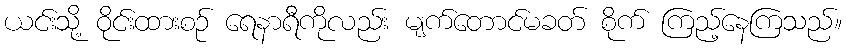
ယင်းသို့ ဝိုင်းထားစဉ် ရေနာရီကိုလည်း မျက်တောင်မခတ် စိုက် ကြည့်နေကြသည်။